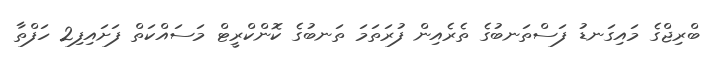
ބްރިޖްގެ މައިގަނޑު ފަސްތަނބުގެ ތެރެއިން ފުރަތަމަ ތަނބުގެ ކޮންކްރީޓް މަސައްކަތް ފަށައިފި2 ހަފްތާ